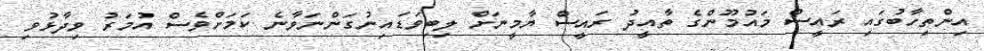
އިންތިހާބުގައި ރައީސް މައުމޫންގެ ތާއީދު ރައީސް ޔާމީނަށް ލިބިވަޑައިނުގަންނަވާނެ ކަމަށްވެސް އުމަރު ވިދާޅުވި